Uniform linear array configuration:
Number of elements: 32
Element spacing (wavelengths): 0.75
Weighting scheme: hamming
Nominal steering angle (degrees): -30
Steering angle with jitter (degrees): -31.306
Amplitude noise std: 0.05
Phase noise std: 0.05

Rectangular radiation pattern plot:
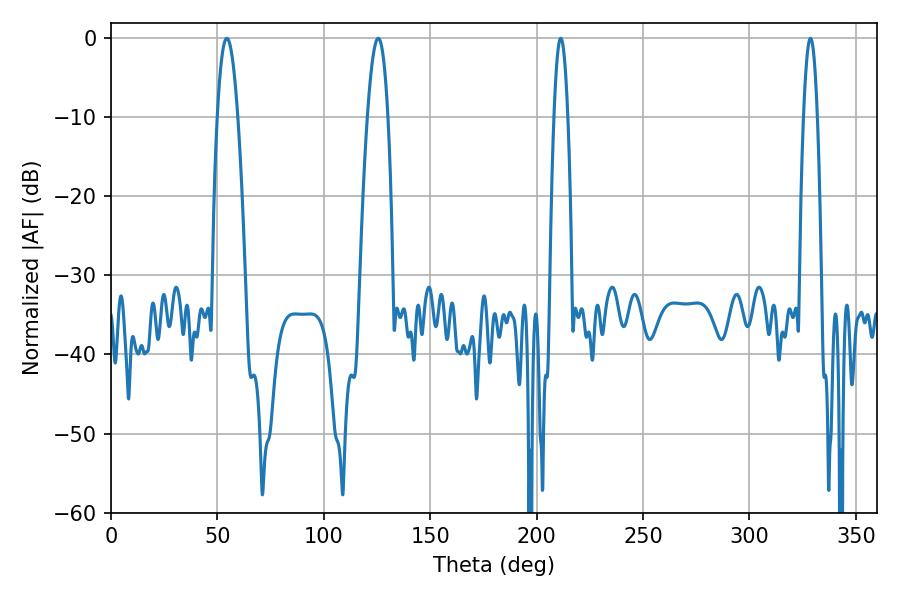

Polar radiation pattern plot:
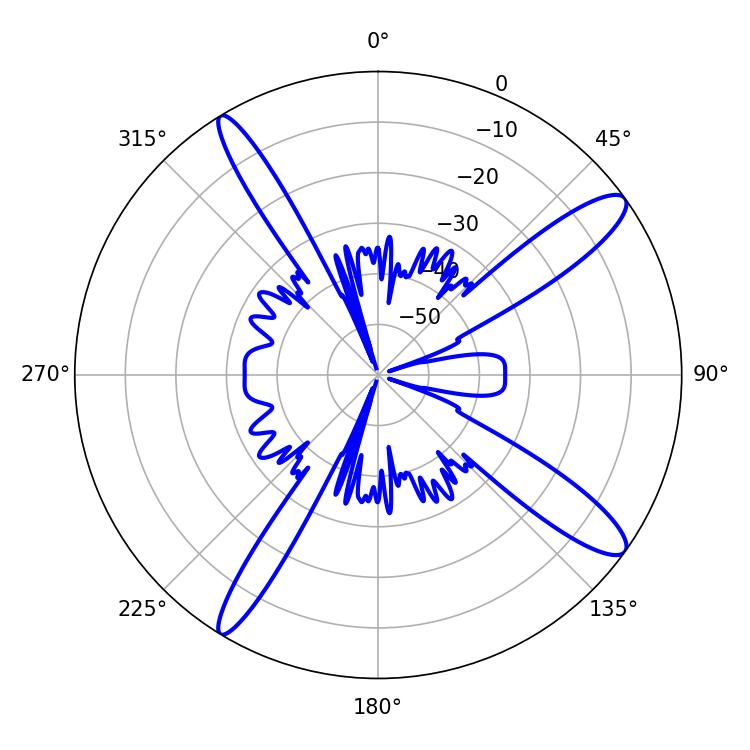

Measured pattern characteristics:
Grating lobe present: TRUE
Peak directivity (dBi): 13.357
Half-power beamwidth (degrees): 3.6
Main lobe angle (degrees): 328.68